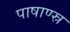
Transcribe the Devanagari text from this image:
पाषाण्स्र